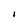
Character: I